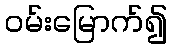
ဝမ်းမြောက်၍